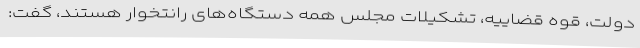
دولت، قوه قضاییه، تشکیلات مجلس همه دستگاه‌های رانتخوار هستند، گفت: